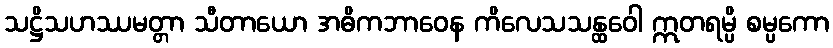
သဋ္ဌိသဟဿမတ္တာ သီတာယော အဓိကဘာဝေန ကိလေသသန္ထဝေါ ဣတရမ္ပိ စမ္ပကော